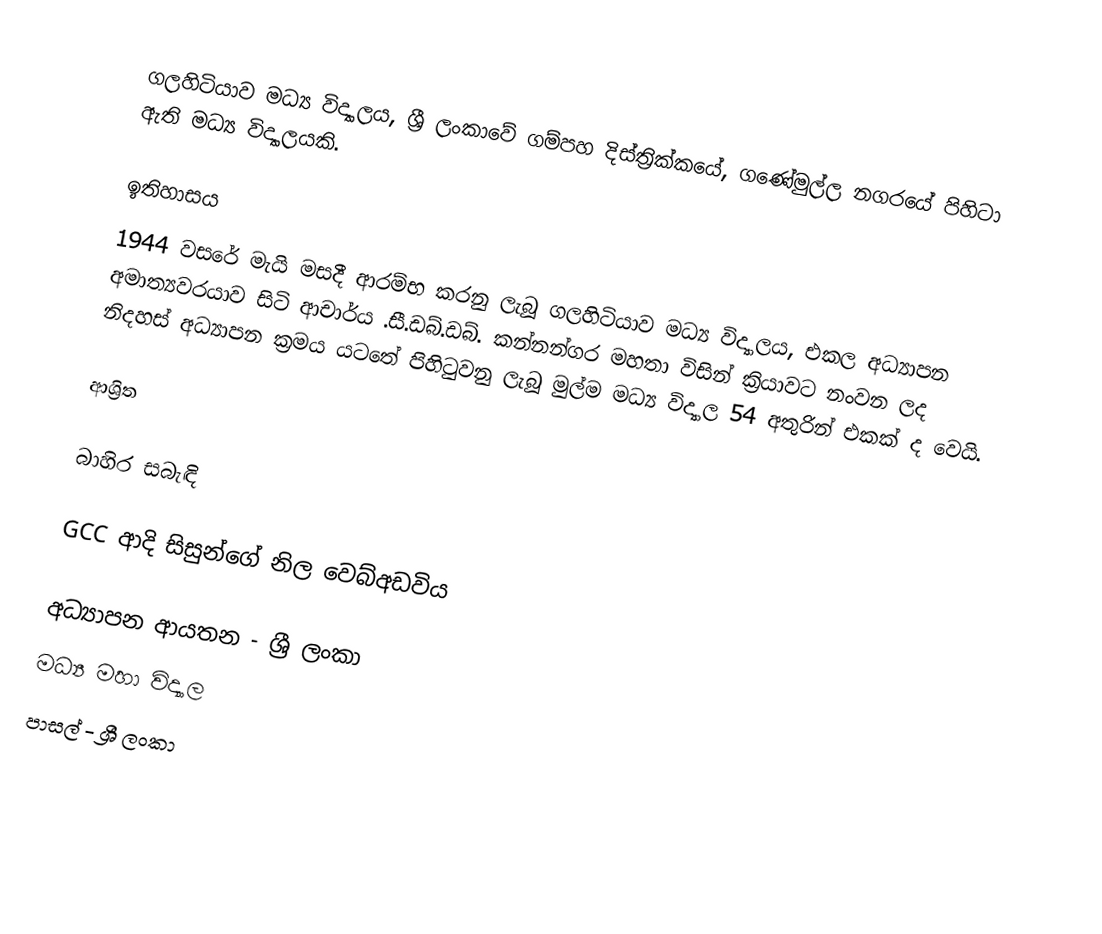
ගලහිටියාව මධ්‍ය  විද්‍යාලය, ශ්‍රී ලංකාවේ ගම්පහ දිස්ත්‍රික්කයේ, ගණේමුල්ල නගරයේ පිහිටා ඇති මධ්‍ය විද්‍යාලයකි.

ඉතිහාසය
1944 වසරේ මැයි මසදී ආරම්භ කරනු ලැබූ ගලහිටියාව මධ්‍ය විද්‍යාලය, එකල අධ්‍යාපන අමාත්‍යවරයාව සිටි ආචාර්ය .සී.ඩබ්.ඩබ්. කන්නන්ගර මහතා විසින් ක්‍රියාවට නංවන ලද නිදහස් අධ්‍යාපන ක්‍රමය යටතේ පිහිටුවනු ලැබූ මුල්ම මධ්‍ය  විද්‍යාල 54 අතුරින් එකක් ද වෙයි.

ආශ්‍රිත

බාහිර සබැඳි

GCC ආදි සිසුන්ගේ නිල වෙබ්අඩවිය

අධ්‍යාපන ආයතන - ශ්‍රී ලංකා
මධ්‍ය මහා විද්‍යාල
පාසල් - ශ්‍රී ලංකා